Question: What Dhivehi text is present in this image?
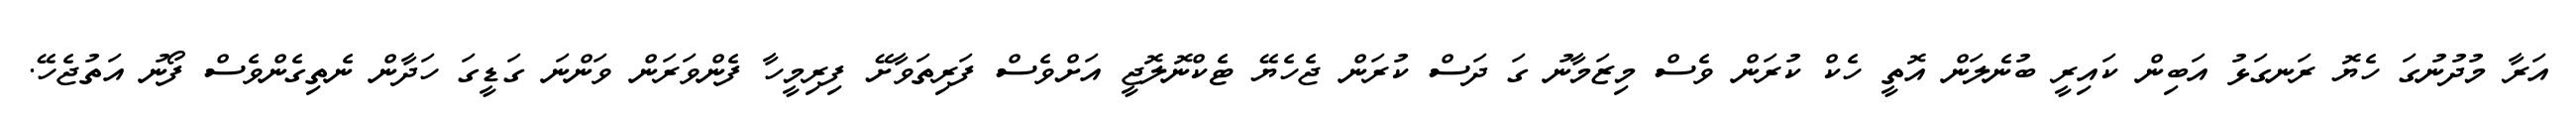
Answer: އަރާ މުދުނުގަ ހެޔޮ ރަނގަޅު އަބިން ކައިރީ ބުނެލަން އޮތީ ހެކް ކުރަން ވެސް މިޒަމާނު ގަ ދަސް ކުރަން ޖެހެޔޭ ޓެކްނޮލޮޖީ އަށްވެސް ފަރިތަވާށޭ ފިރިމީހާ ފެންވަރަން ވަންނަ ގަޑީގަ ހަދާން ނެތިގެންވެސް ފޯނު އަތުޖެހޭ.